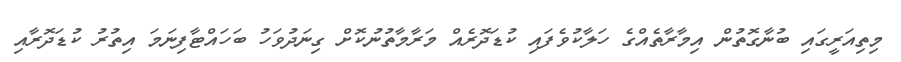
މިތިއަރީގައި ބުނާގޮތުން އިމާރާތެއްގެ ހަލާކުވެފައި ކުޑަދޮރެއް މަރާމާތުނުކޮށް ގިނަދުވަހު ބަހައްޓާފިނަމަ އިތުރު ކުޑަދޮރާއި